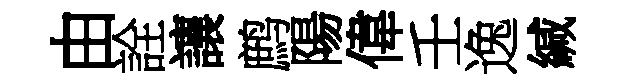
由詮讓鹧陽偉壬逸緘